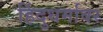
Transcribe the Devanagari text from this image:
हिंदुधर्मावर